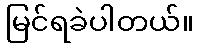
မြင်ရခဲပါတယ်။